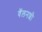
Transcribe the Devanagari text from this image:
वॅलनशी